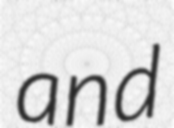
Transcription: and